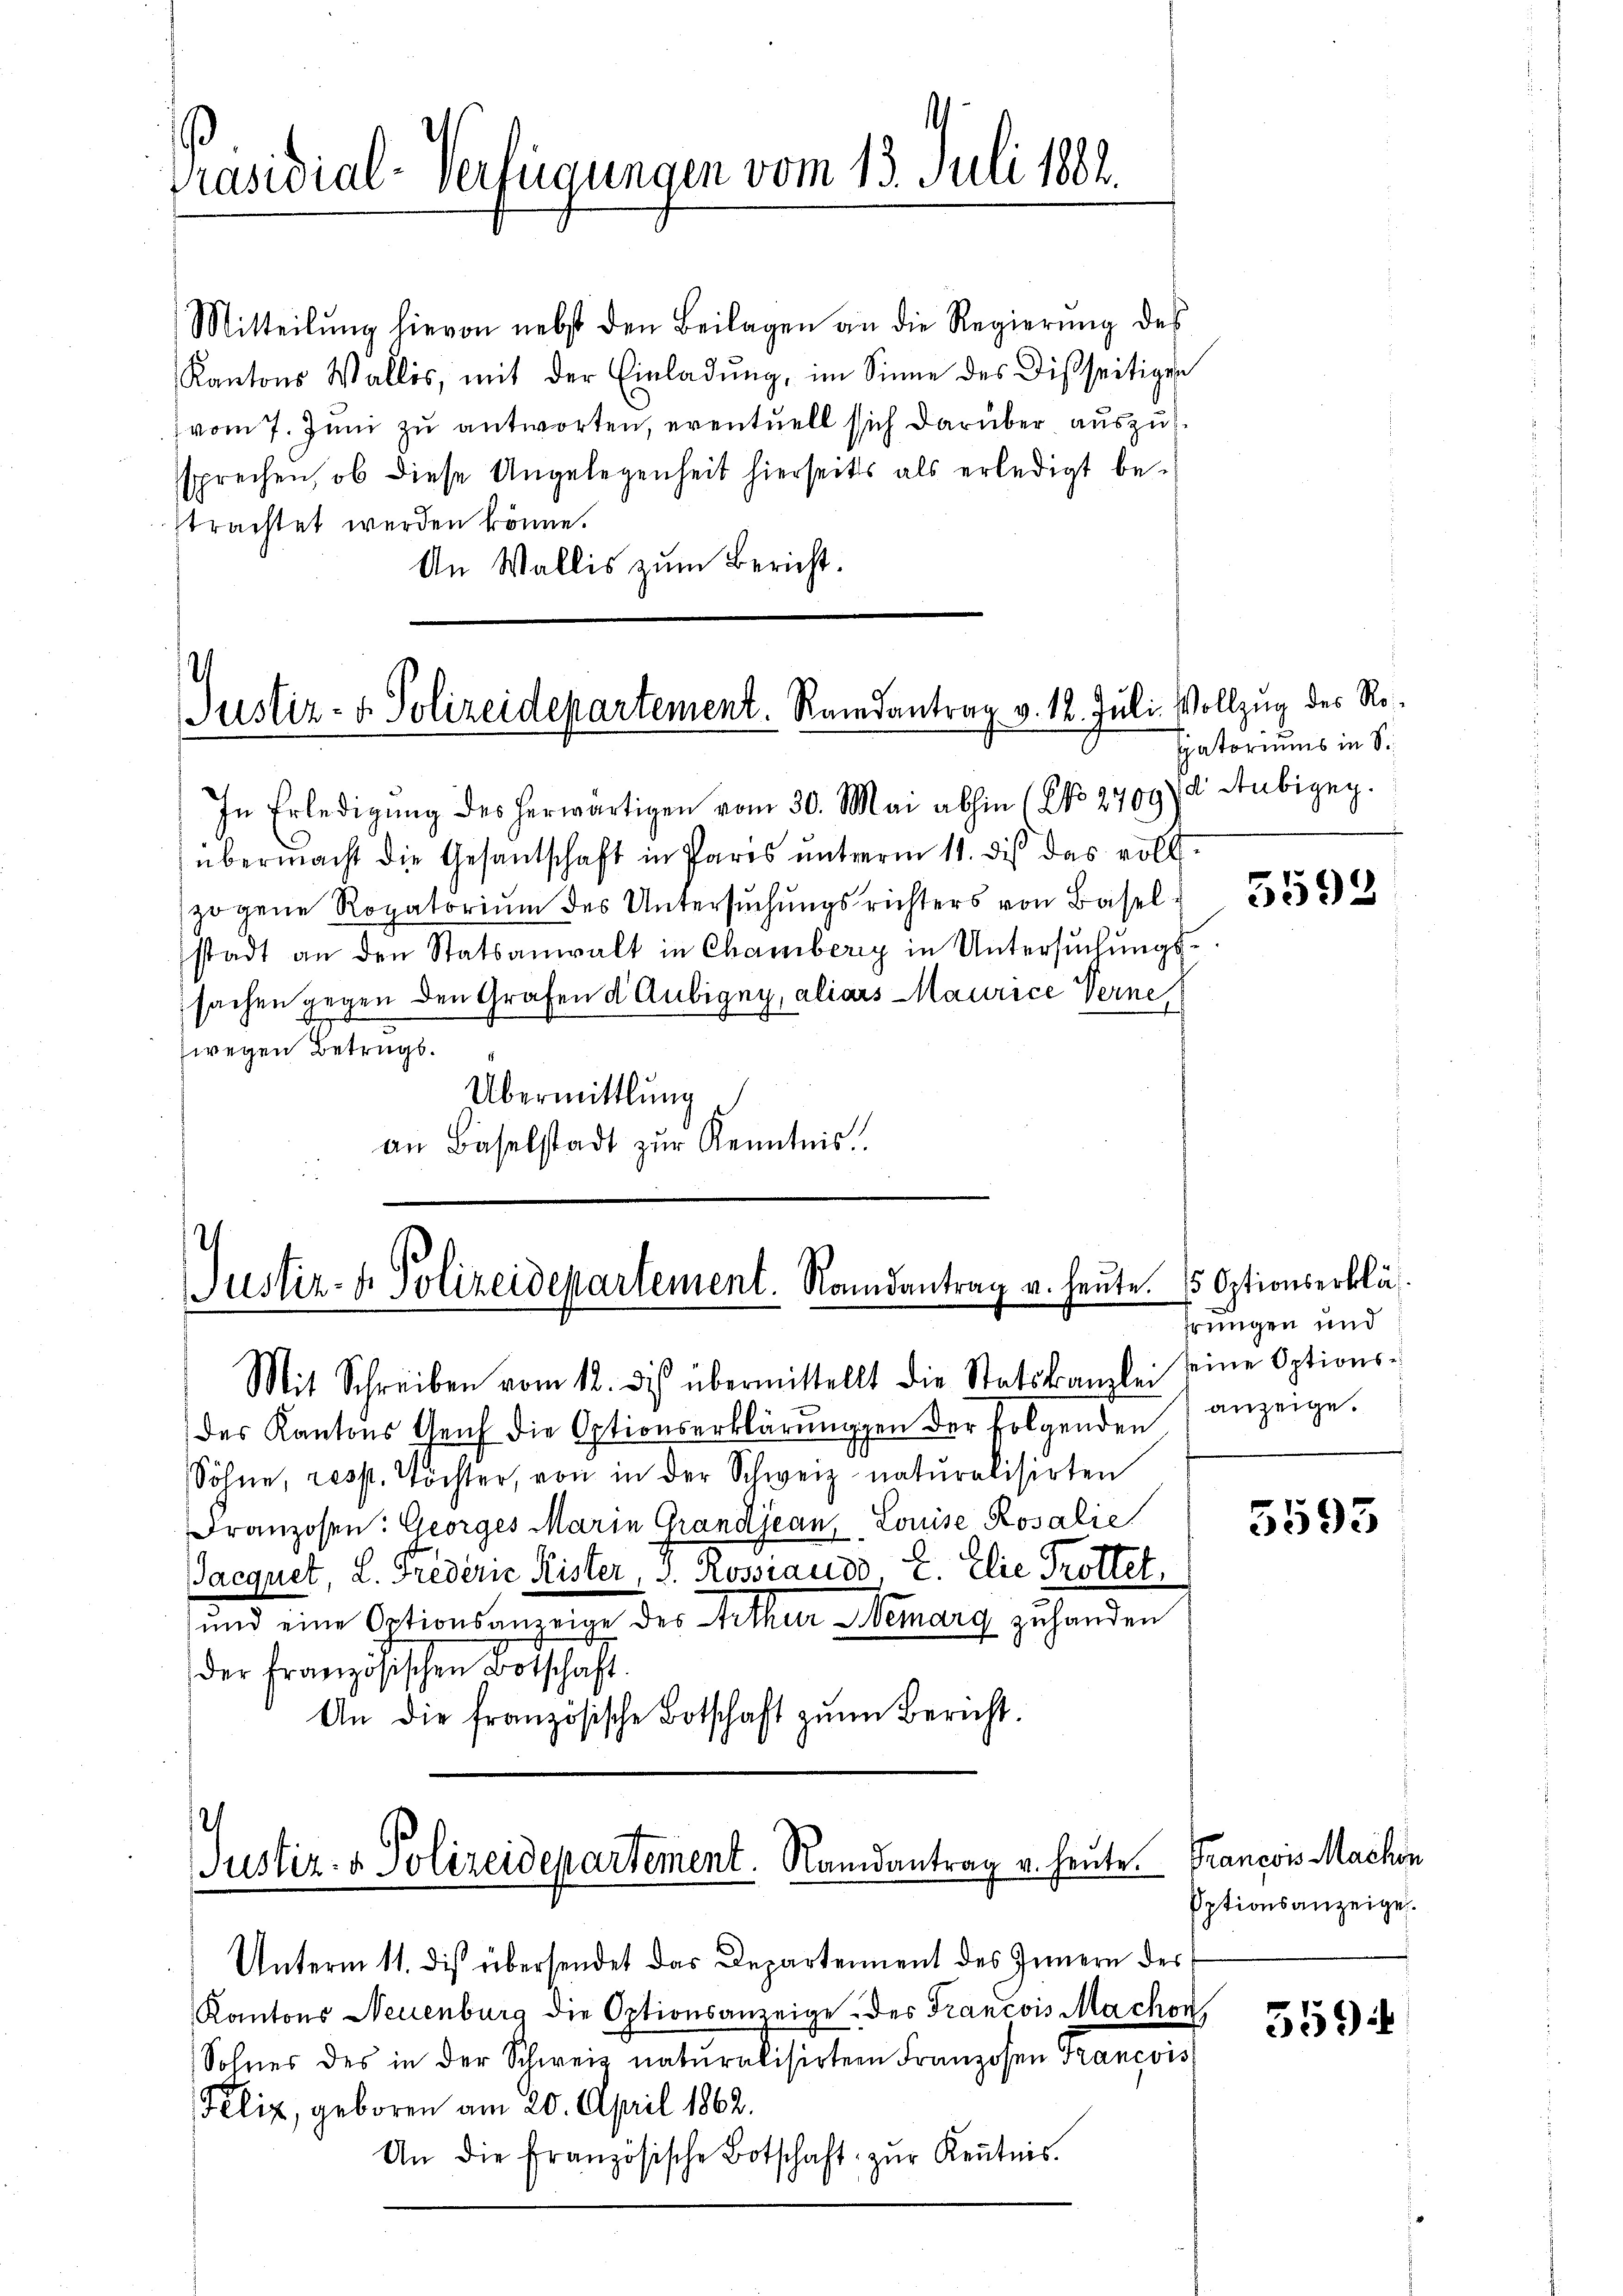
Präsidial-Verfügungen vom 13. Juli 1882.

Mitteilŭng hievon nebst den Beilagen an die Regierung des
Kantons Wallis, mit der Einladung, im Sinne des Disseitigen
vom 7. Juni zu antworten, eventuell sich darüber auszusprechen, ob diese Angelegenheit hierseits als erledigt be-
trachtet werden könne.
An Wallis zum Bericht.

Justiz- & Polizeidepartement. Randantrag v. 12. Juli. Vollzug des Ro¬

.
Justiz- & Polizeidepartement. Randantrag v. heute.  Optionserklä¬

In Erledigŭng des herwärtigen vom 30. Mai abhin (NNo. 2709) d. Aubiger.
übermacht die Gesantschaft in Paris unterm 11. dis das vollzogene Rogatorium des Untersuchungsrichters von Basel-
stadt an den Statsanwalt in Chamberg in Untersuchungssachen gegen den Grafen d. Aubigny, aliars Maurice Verne
wegen Betrugs.
Übermittlung
an Baselstadt zŭr Kenntnis.

Mit Schreiben vom 12. des übermittellt die Statskanzlei seine Options-
des Kantons Genf die Optionserklärungen der folgenden,
Söhne, resst. Töchter, von in der Schweiz naturalisirten
Franzosen: Georges Marie Grandjean, Louise Rosalie
Pacquet, L. Frederie Kister, v. Rossiaudo, E. Elie Trottet,
und eine Optionsanzeige des Arthur Nemarg zu handen
der französischen Botschaft.
An die französische Botschaft zŭm Bericht.
Justiz- & Polizeidepartement. Randantrag u. heute. Francos Machen
Unterm 11. diß übersendet das Departement des Innern des
Kantons Neuenburg die Optionsanzeige. des Francois Machon
Sohnes des in der Schweiz naturalisirten Franzosen Francois
Peliz, geboren am 20. April 1862.
An die französische Botschaft zŭr Keṅtnis.

Eatoriums in S

5592

hrungen und
anzeige.

5593

Optionsanzeige.

5594